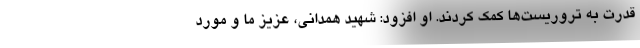
قدرت به تروریست‌ها کمک ‌کردند. او افزود: شهید همدانی، عزیز ما و مورد